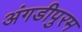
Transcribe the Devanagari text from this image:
अंगडीपुरम